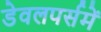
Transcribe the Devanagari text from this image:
डेवलपर्समें